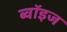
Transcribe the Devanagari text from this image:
ब्वॉइज